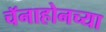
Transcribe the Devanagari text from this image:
चॅनाहोनच्या